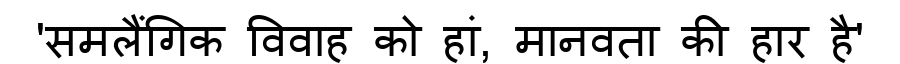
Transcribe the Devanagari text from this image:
'समलैंगिक विवाह को हां, मानवता की हार है'